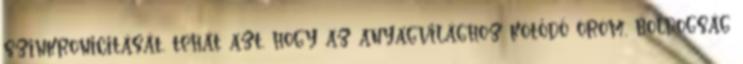
szinkronicitását, tehát azt, hogy az anyagvilághoz kötődő öröm, boldogság